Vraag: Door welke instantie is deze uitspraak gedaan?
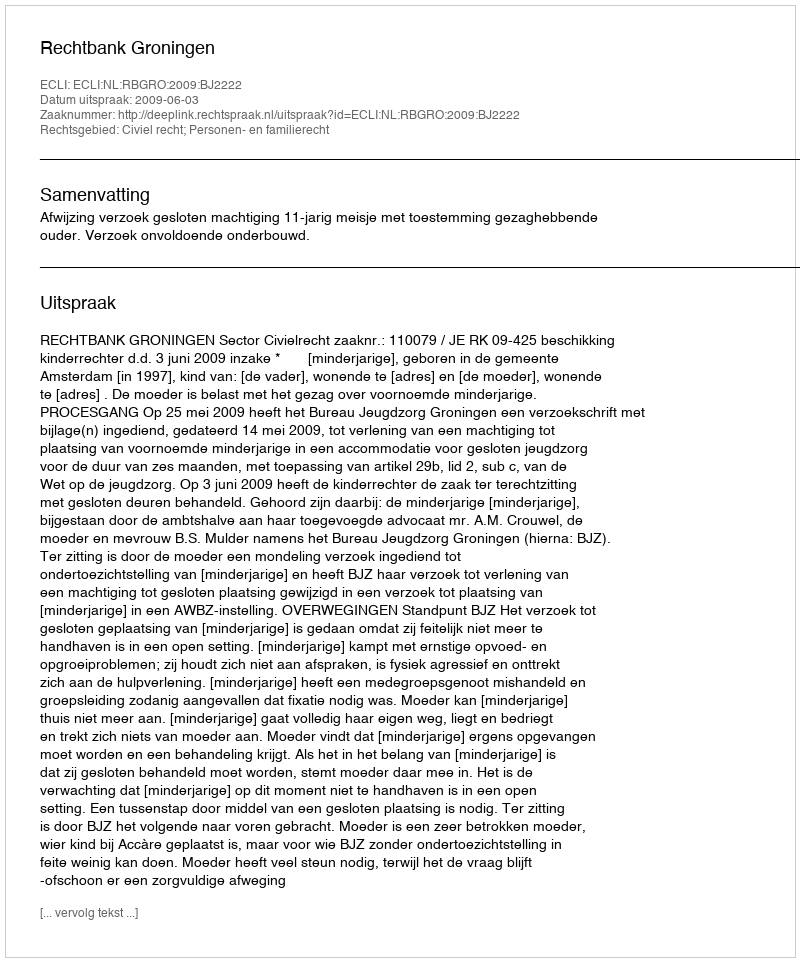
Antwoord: Rechtbank Groningen